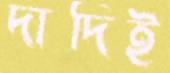
দাদিই